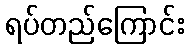
ရပ်တည်ကြောင်း